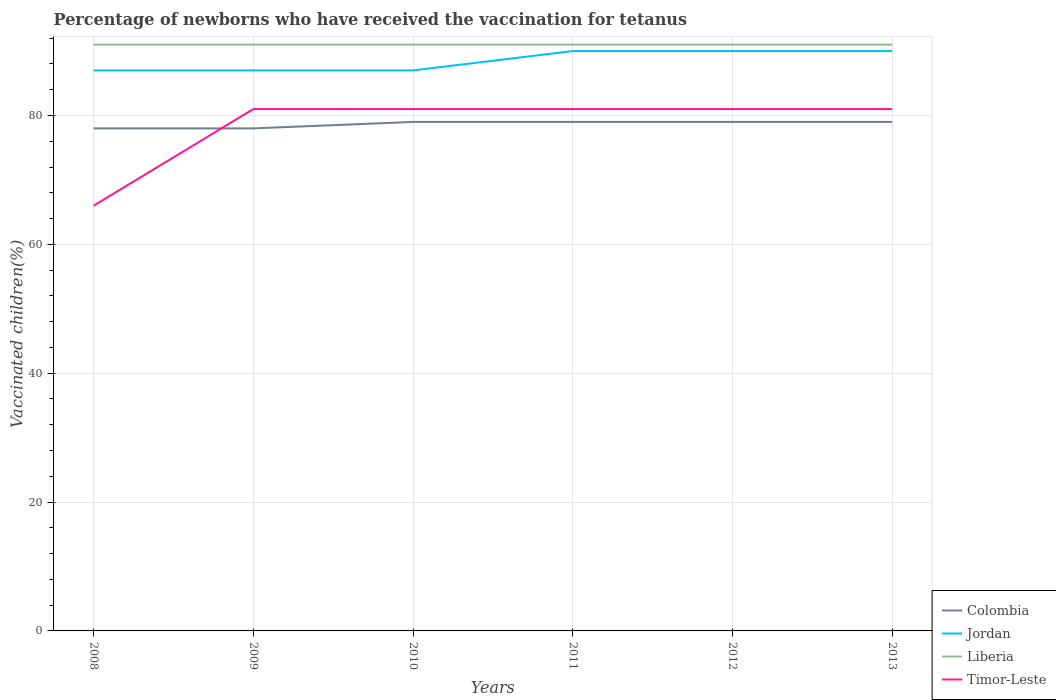
| Years | Colombia | Jordan | Liberia | Timor-Leste |
 | --- | --- | --- | --- | --- |
 | 2008 | 78 | 87 | 91 | 66 |
 | 2009 | 78 | 87 | 91 | 81 |
 | 2010 | 79 | 87 | 91 | 81 |
 | 2011 | 79 | 90 | 91 | 81 |
 | 2012 | 79 | 90 | 91 | 81 |
 | 2013 | 79 | 90 | 91 | 81 |